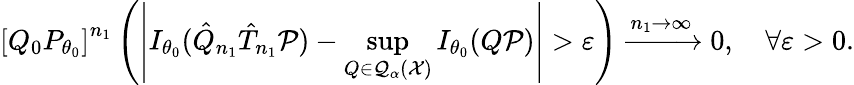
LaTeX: \left[Q_{0}P_{\theta_{0}}\right]^{n_{1}}\left(\left|I_{\theta_{0}}(\hat{Q}_{n_{1}}\hat{T}_{n_{1}}{\mathcal P})-\operatorname*{sup}_{Q\in\mathcal Q_{\alpha}(\mathcal X)}I_{\theta_{0}}(Q{\mathcal P})\right|>\varepsilon\right)\xrightarrow[]{n_{1}\to\infty}0,\quad\forall\varepsilon>0.